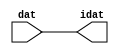

//------> /package/eda/mg/Catapult_10.3d/Mgc_home/pkgs/siflibs/ccs_in_v1.v 
//------------------------------------------------------------------------------
// Catapult Synthesis - Sample I/O Port Library
//
// Copyright (c) 2003-2017 Mentor Graphics Corp.
//       All Rights Reserved
//
// This document may be used and distributed without restriction provided that
// this copyright statement is not removed from the file and that any derivative
// work contains this copyright notice.
//
// The design information contained in this file is intended to be an example
// of the functionality which the end user may study in preparation for creating
// their own custom interfaces. This design does not necessarily present a 
// complete implementation of the named protocol or standard.
//
//------------------------------------------------------------------------------


module ccs_in_v1 (idat, dat);

  parameter integer rscid = 1;
  parameter integer width = 8;

  output [width-1:0] idat;
  input  [width-1:0] dat;

  wire   [width-1:0] idat;

  assign idat = dat;

endmodule


//------> /package/eda/mg/Catapult_10.3d/Mgc_home/pkgs/siflibs/ccs_out_v1.v 
//------------------------------------------------------------------------------
// Catapult Synthesis - Sample I/O Port Library
//
// Copyright (c) 2003-2015 Mentor Graphics Corp.
//       All Rights Reserved
//
// This document may be used and distributed without restriction provided that
// this copyright statement is not removed from the file and that any derivative
// work contains this copyright notice.
//
// The design information contained in this file is intended to be an example
// of the functionality which the end user may study in preparation for creating
// their own custom interfaces. This design does not necessarily present a 
// complete implementation of the named protocol or standard.
//
//------------------------------------------------------------------------------

module ccs_out_v1 (dat, idat);

  parameter integer rscid = 1;
  parameter integer width = 8;

  output   [width-1:0] dat;
  input    [width-1:0] idat;

  wire     [width-1:0] dat;

  assign dat = idat;

endmodule




//------> /package/eda/mg/Catapult_10.3d/Mgc_home/pkgs/siflibs/mgc_io_sync_v2.v 
//------------------------------------------------------------------------------
// Catapult Synthesis - Sample I/O Port Library
//
// Copyright (c) 2003-2017 Mentor Graphics Corp.
//       All Rights Reserved
//
// This document may be used and distributed without restriction provided that
// this copyright statement is not removed from the file and that any derivative
// work contains this copyright notice.
//
// The design information contained in this file is intended to be an example
// of the functionality which the end user may study in preparation for creating
// their own custom interfaces. This design does not necessarily present a 
// complete implementation of the named protocol or standard.
//
//------------------------------------------------------------------------------


module mgc_io_sync_v2 (ld, lz);
    parameter valid = 0;

    input  ld;
    output lz;

    wire   lz;

    assign lz = ld;

endmodule


//------> ./rtl.v 
// ----------------------------------------------------------------------
//  HLS HDL:        Verilog Netlister
//  HLS Version:    10.3d/815731 Production Release
//  HLS Date:       Wed Apr 24 14:54:19 PDT 2019
// 
//  Generated by:   695r48@cparch23.ecn.purdue.edu
//  Generated date: Tue Nov  9 15:38:05 2021
// ----------------------------------------------------------------------

// 
// ------------------------------------------------------------------
//  Design Unit:    fir_Altera_DIST_DIST_1R1W_RBW_rport_1_16_5_32_32_16_gen
// ------------------------------------------------------------------


module fir_Altera_DIST_DIST_1R1W_RBW_rport_1_16_5_32_32_16_gen (
  q, radr, radr_d, q_d, rport_r_ram_ir_internal_RMASK_B_d
);
  input [15:0] q;
  output [4:0] radr;
  input [4:0] radr_d;
  output [15:0] q_d;
  input rport_r_ram_ir_internal_RMASK_B_d;



  // Interconnect Declarations for Component Instantiations 
  assign q_d = q;
  assign radr = (radr_d);
endmodule

// ------------------------------------------------------------------
//  Design Unit:    fir_core_core_fsm
//  FSM Module
// ------------------------------------------------------------------


module fir_core_core_fsm (
  clk, rst, fsm_output, MAC_C_6_tr0
);
  input clk;
  input rst;
  output [8:0] fsm_output;
  reg [8:0] fsm_output;
  input MAC_C_6_tr0;


  // FSM State Type Declaration for fir_core_core_fsm_1
  parameter
    main_C_0 = 4'd0,
    MAC_C_0 = 4'd1,
    MAC_C_1 = 4'd2,
    MAC_C_2 = 4'd3,
    MAC_C_3 = 4'd4,
    MAC_C_4 = 4'd5,
    MAC_C_5 = 4'd6,
    MAC_C_6 = 4'd7,
    main_C_1 = 4'd8;

  reg [3:0] state_var;
  reg [3:0] state_var_NS;


  // Interconnect Declarations for Component Instantiations 
  always @(*)
  begin : fir_core_core_fsm_1
    case (state_var)
      MAC_C_0 : begin
        fsm_output = 9'b000000010;
        state_var_NS = MAC_C_1;
      end
      MAC_C_1 : begin
        fsm_output = 9'b000000100;
        state_var_NS = MAC_C_2;
      end
      MAC_C_2 : begin
        fsm_output = 9'b000001000;
        state_var_NS = MAC_C_3;
      end
      MAC_C_3 : begin
        fsm_output = 9'b000010000;
        state_var_NS = MAC_C_4;
      end
      MAC_C_4 : begin
        fsm_output = 9'b000100000;
        state_var_NS = MAC_C_5;
      end
      MAC_C_5 : begin
        fsm_output = 9'b001000000;
        state_var_NS = MAC_C_6;
      end
      MAC_C_6 : begin
        fsm_output = 9'b010000000;
        if ( MAC_C_6_tr0 ) begin
          state_var_NS = main_C_1;
        end
        else begin
          state_var_NS = MAC_C_0;
        end
      end
      main_C_1 : begin
        fsm_output = 9'b100000000;
        state_var_NS = main_C_0;
      end
      // main_C_0
      default : begin
        fsm_output = 9'b000000001;
        state_var_NS = MAC_C_0;
      end
    endcase
  end

  always @(posedge clk) begin
    if ( rst ) begin
      state_var <= main_C_0;
    end
    else begin
      state_var <= state_var_NS;
    end
  end

endmodule

// ------------------------------------------------------------------
//  Design Unit:    fir_core
// ------------------------------------------------------------------


module fir_core (
  clk, rst, coeffs_rsc_triosy_lz, in1_rsc_dat, in1_rsc_triosy_lz, out1_rsc_dat, out1_rsc_triosy_lz,
      coeffs_rsci_radr_d, coeffs_rsci_q_d, coeffs_rsci_rport_r_ram_ir_internal_RMASK_B_d
);
  input clk;
  input rst;
  output coeffs_rsc_triosy_lz;
  input [15:0] in1_rsc_dat;
  output in1_rsc_triosy_lz;
  output [15:0] out1_rsc_dat;
  output out1_rsc_triosy_lz;
  output [4:0] coeffs_rsci_radr_d;
  input [15:0] coeffs_rsci_q_d;
  output coeffs_rsci_rport_r_ram_ir_internal_RMASK_B_d;


  // Interconnect Declarations
  wire [15:0] in1_rsci_idat;
  reg [15:0] out1_rsci_idat;
  wire [8:0] fsm_output;
  wire and_dcpl_1;
  wire or_tmp_65;
  reg [3:0] MAC_i_5_2_sva_1;
  wire [4:0] nl_MAC_i_5_2_sva_1;
  reg reg_out1_rsc_triosy_obj_ld_cse;
  wire reg_out1_out1_and_cse;
  reg [2:0] MAC_i_5_2_sva_2_0;
  reg [2:0] MAC_slc_MAC_i_5_2_2_0_1_itm;
  wire [29:0] z_out;
  wire signed [31:0] nl_z_out;
  reg [15:0] regs_15_sva;
  reg [15:0] regs_16_sva;
  reg [15:0] regs_14_sva;
  reg [15:0] regs_17_sva;
  reg [15:0] regs_13_sva;
  reg [15:0] regs_18_sva;
  reg [15:0] regs_12_sva;
  reg [15:0] regs_19_sva;
  reg [15:0] regs_11_sva;
  reg [15:0] regs_20_sva;
  reg [15:0] regs_10_sva;
  reg [15:0] regs_21_sva;
  reg [15:0] regs_9_sva;
  reg [15:0] regs_22_sva;
  reg [15:0] regs_8_sva;
  reg [15:0] regs_23_sva;
  reg [15:0] regs_7_sva;
  reg [15:0] regs_24_sva;
  reg [15:0] regs_6_sva;
  reg [15:0] regs_25_sva;
  reg [15:0] regs_5_sva;
  reg [15:0] regs_26_sva;
  reg [15:0] regs_4_sva;
  reg [15:0] regs_27_sva;
  reg [15:0] regs_3_sva;
  reg [15:0] regs_28_sva;
  reg [15:0] regs_2_sva;
  reg [15:0] regs_29_sva;
  reg [15:0] regs_1_sva;
  reg [15:0] regs_30_sva;
  reg [15:0] regs_0_sva;
  reg [29:0] acc_32_3_1_sva;
  reg [15:0] regs_30_sva_1;
  reg [15:0] regs_29_sva_1;
  reg [15:0] regs_28_sva_1;
  reg [15:0] regs_27_sva_1;
  reg [15:0] regs_26_sva_1;
  reg [15:0] regs_25_sva_1;
  reg [15:0] regs_24_sva_1;
  reg [15:0] regs_23_sva_1;
  reg [15:0] regs_22_sva_1;
  reg [15:0] regs_21_sva_1;
  reg [15:0] regs_20_sva_1;
  reg [15:0] regs_19_sva_1;
  reg [15:0] regs_18_sva_1;
  reg [15:0] regs_17_sva_1;
  reg [15:0] regs_16_sva_1;
  reg [15:0] regs_15_sva_1;
  reg [15:0] regs_14_sva_1;
  reg [15:0] regs_13_sva_1;
  reg [15:0] regs_12_sva_1;
  reg [15:0] regs_11_sva_1;
  reg [15:0] regs_10_sva_1;
  reg [15:0] regs_9_sva_1;
  reg [15:0] regs_8_sva_1;
  reg [15:0] regs_7_sva_1;
  reg [15:0] regs_6_sva_1;
  reg [15:0] regs_5_sva_1;
  reg [15:0] regs_4_sva_1;
  reg [15:0] regs_3_sva_1;
  reg [15:0] regs_2_sva_1;
  reg [15:0] regs_1_sva_1;
  reg [15:0] regs_0_sva_1;
  reg [15:0] MAC_3_MAC_mux_itm;
  reg [15:0] MAC_4_MAC_mux_itm;
  reg [15:0] MAC_1_MAC_mux_itm;
  reg [29:0] MAC_1_mul_itm;
  reg [15:0] MAC_2_MAC_mux_itm;
  reg [29:0] MAC_2_mul_itm;
  reg [29:0] MAC_acc_4_itm;
  wire [29:0] MAC_acc_4_itm_mx0w0;
  wire [30:0] nl_MAC_acc_4_itm_mx0w0;

  wire[29:0] MAC_4_acc_1_nl;
  wire[30:0] nl_MAC_4_acc_1_nl;
  wire[29:0] MAC_acc_5_nl;
  wire[30:0] nl_MAC_acc_5_nl;
  wire[0:0] not_23_nl;
  wire[0:0] not_22_nl;
  wire[2:0] coeffs_coeffs_mux_nl;
  wire[0:0] coeffs_or_nl;
  wire[1:0] coeffs_coeffs_or_nl;
  wire[1:0] coeffs_nor_nl;
  wire[1:0] coeffs_mux_nl;
  wire[15:0] MAC_mux1h_2_nl;

  // Interconnect Declarations for Component Instantiations 
  wire [0:0] nl_fir_core_core_fsm_inst_MAC_C_6_tr0;
  assign nl_fir_core_core_fsm_inst_MAC_C_6_tr0 = MAC_i_5_2_sva_1[3];
  ccs_in_v1 #(.rscid(32'sd2),
  .width(32'sd16)) in1_rsci (
      .dat(in1_rsc_dat),
      .idat(in1_rsci_idat)
    );
  ccs_out_v1 #(.rscid(32'sd3),
  .width(32'sd16)) out1_rsci (
      .idat(out1_rsci_idat),
      .dat(out1_rsc_dat)
    );
  mgc_io_sync_v2 #(.valid(32'sd0)) coeffs_rsc_triosy_obj (
      .ld(reg_out1_rsc_triosy_obj_ld_cse),
      .lz(coeffs_rsc_triosy_lz)
    );
  mgc_io_sync_v2 #(.valid(32'sd0)) in1_rsc_triosy_obj (
      .ld(reg_out1_rsc_triosy_obj_ld_cse),
      .lz(in1_rsc_triosy_lz)
    );
  mgc_io_sync_v2 #(.valid(32'sd0)) out1_rsc_triosy_obj (
      .ld(reg_out1_rsc_triosy_obj_ld_cse),
      .lz(out1_rsc_triosy_lz)
    );
  fir_core_core_fsm fir_core_core_fsm_inst (
      .clk(clk),
      .rst(rst),
      .fsm_output(fsm_output),
      .MAC_C_6_tr0(nl_fir_core_core_fsm_inst_MAC_C_6_tr0[0:0])
    );
  assign reg_out1_out1_and_cse = (MAC_i_5_2_sva_1[3]) & (fsm_output[7]);
  assign nl_MAC_acc_4_itm_mx0w0 = MAC_1_mul_itm + MAC_2_mul_itm;
  assign MAC_acc_4_itm_mx0w0 = nl_MAC_acc_4_itm_mx0w0[29:0];
  assign and_dcpl_1 = ~((fsm_output[8]) | (fsm_output[0]));
  assign or_tmp_65 = (fsm_output[8]) | (fsm_output[0]);
  assign coeffs_or_nl = (fsm_output[4:3]!=2'b00);
  assign coeffs_coeffs_mux_nl = MUX_v_3_2_2(MAC_i_5_2_sva_2_0, MAC_slc_MAC_i_5_2_2_0_1_itm,
      coeffs_or_nl);
  assign coeffs_mux_nl = MUX_v_2_2_2(2'b10, 2'b01, fsm_output[4]);
  assign coeffs_nor_nl = ~(MUX_v_2_2_2((coeffs_mux_nl), 2'b11, (fsm_output[2])));
  assign coeffs_coeffs_or_nl = MUX_v_2_2_2((coeffs_nor_nl), 2'b11, (fsm_output[3]));
  assign coeffs_rsci_radr_d = {(coeffs_coeffs_mux_nl) , (coeffs_coeffs_or_nl)};
  assign coeffs_rsci_rport_r_ram_ir_internal_RMASK_B_d = (fsm_output[4:1]!=4'b0000);
  always @(posedge clk) begin
    if ( rst ) begin
      out1_rsci_idat <= 16'b0000000000000000;
      regs_0_sva <= 16'b0000000000000000;
      regs_4_sva <= 16'b0000000000000000;
      regs_8_sva <= 16'b0000000000000000;
      regs_12_sva <= 16'b0000000000000000;
      regs_16_sva <= 16'b0000000000000000;
      regs_20_sva <= 16'b0000000000000000;
      regs_24_sva <= 16'b0000000000000000;
      regs_28_sva <= 16'b0000000000000000;
      regs_3_sva <= 16'b0000000000000000;
      regs_7_sva <= 16'b0000000000000000;
      regs_11_sva <= 16'b0000000000000000;
      regs_15_sva <= 16'b0000000000000000;
      regs_19_sva <= 16'b0000000000000000;
      regs_23_sva <= 16'b0000000000000000;
      regs_27_sva <= 16'b0000000000000000;
      regs_2_sva <= 16'b0000000000000000;
      regs_6_sva <= 16'b0000000000000000;
      regs_10_sva <= 16'b0000000000000000;
      regs_14_sva <= 16'b0000000000000000;
      regs_18_sva <= 16'b0000000000000000;
      regs_22_sva <= 16'b0000000000000000;
      regs_26_sva <= 16'b0000000000000000;
      regs_30_sva <= 16'b0000000000000000;
      regs_1_sva <= 16'b0000000000000000;
      regs_5_sva <= 16'b0000000000000000;
      regs_9_sva <= 16'b0000000000000000;
      regs_13_sva <= 16'b0000000000000000;
      regs_17_sva <= 16'b0000000000000000;
      regs_21_sva <= 16'b0000000000000000;
      regs_25_sva <= 16'b0000000000000000;
      regs_29_sva <= 16'b0000000000000000;
    end
    else if ( reg_out1_out1_and_cse ) begin
      out1_rsci_idat <= acc_32_3_1_sva[29:14];
      regs_0_sva <= regs_0_sva_1;
      regs_4_sva <= regs_4_sva_1;
      regs_8_sva <= regs_8_sva_1;
      regs_12_sva <= regs_12_sva_1;
      regs_16_sva <= regs_16_sva_1;
      regs_20_sva <= regs_20_sva_1;
      regs_24_sva <= regs_24_sva_1;
      regs_28_sva <= regs_28_sva_1;
      regs_3_sva <= regs_3_sva_1;
      regs_7_sva <= regs_7_sva_1;
      regs_11_sva <= regs_11_sva_1;
      regs_15_sva <= regs_15_sva_1;
      regs_19_sva <= regs_19_sva_1;
      regs_23_sva <= regs_23_sva_1;
      regs_27_sva <= regs_27_sva_1;
      regs_2_sva <= regs_2_sva_1;
      regs_6_sva <= regs_6_sva_1;
      regs_10_sva <= regs_10_sva_1;
      regs_14_sva <= regs_14_sva_1;
      regs_18_sva <= regs_18_sva_1;
      regs_22_sva <= regs_22_sva_1;
      regs_26_sva <= regs_26_sva_1;
      regs_30_sva <= regs_30_sva_1;
      regs_1_sva <= regs_1_sva_1;
      regs_5_sva <= regs_5_sva_1;
      regs_9_sva <= regs_9_sva_1;
      regs_13_sva <= regs_13_sva_1;
      regs_17_sva <= regs_17_sva_1;
      regs_21_sva <= regs_21_sva_1;
      regs_25_sva <= regs_25_sva_1;
      regs_29_sva <= regs_29_sva_1;
    end
  end
  always @(posedge clk) begin
    if ( rst ) begin
      acc_32_3_1_sva <= 30'b000000000000000000000000000000;
    end
    else if ( (fsm_output[0]) | (fsm_output[8]) | (fsm_output[6]) ) begin
      acc_32_3_1_sva <= MUX_v_30_2_2(30'b000000000000000000000000000000, (MAC_4_acc_1_nl),
          (not_23_nl));
    end
  end
  always @(posedge clk) begin
    if ( rst ) begin
      MAC_i_5_2_sva_2_0 <= 3'b000;
    end
    else if ( (fsm_output[0]) | (fsm_output[8]) | (fsm_output[2]) ) begin
      MAC_i_5_2_sva_2_0 <= MUX_v_3_2_2(3'b000, (MAC_i_5_2_sva_1[2:0]), (not_22_nl));
    end
  end
  always @(posedge clk) begin
    if ( rst ) begin
      regs_0_sva_1 <= 16'b0000000000000000;
    end
    else if ( ~ and_dcpl_1 ) begin
      regs_0_sva_1 <= in1_rsci_idat;
    end
  end
  always @(posedge clk) begin
    if ( rst ) begin
      reg_out1_rsc_triosy_obj_ld_cse <= 1'b0;
      MAC_2_MAC_mux_itm <= 16'b0000000000000000;
      MAC_1_mul_itm <= 30'b000000000000000000000000000000;
    end
    else begin
      reg_out1_rsc_triosy_obj_ld_cse <= reg_out1_out1_and_cse;
      MAC_2_MAC_mux_itm <= MUX_v_16_8_2(regs_0_sva, regs_4_sva, regs_8_sva, regs_12_sva,
          regs_16_sva, regs_20_sva, regs_24_sva, regs_28_sva, MAC_i_5_2_sva_2_0);
      MAC_1_mul_itm <= z_out;
    end
  end
  always @(posedge clk) begin
    if ( rst ) begin
      regs_30_sva_1 <= 16'b0000000000000000;
    end
    else if ( ~ and_dcpl_1 ) begin
      regs_30_sva_1 <= regs_29_sva;
    end
  end
  always @(posedge clk) begin
    if ( rst ) begin
      regs_29_sva_1 <= 16'b0000000000000000;
    end
    else if ( ~ and_dcpl_1 ) begin
      regs_29_sva_1 <= regs_28_sva;
    end
  end
  always @(posedge clk) begin
    if ( rst ) begin
      regs_28_sva_1 <= 16'b0000000000000000;
    end
    else if ( ~ and_dcpl_1 ) begin
      regs_28_sva_1 <= regs_27_sva;
    end
  end
  always @(posedge clk) begin
    if ( rst ) begin
      regs_27_sva_1 <= 16'b0000000000000000;
    end
    else if ( ~ and_dcpl_1 ) begin
      regs_27_sva_1 <= regs_26_sva;
    end
  end
  always @(posedge clk) begin
    if ( rst ) begin
      regs_26_sva_1 <= 16'b0000000000000000;
    end
    else if ( ~ and_dcpl_1 ) begin
      regs_26_sva_1 <= regs_25_sva;
    end
  end
  always @(posedge clk) begin
    if ( rst ) begin
      regs_25_sva_1 <= 16'b0000000000000000;
    end
    else if ( ~ and_dcpl_1 ) begin
      regs_25_sva_1 <= regs_24_sva;
    end
  end
  always @(posedge clk) begin
    if ( rst ) begin
      regs_24_sva_1 <= 16'b0000000000000000;
    end
    else if ( ~ and_dcpl_1 ) begin
      regs_24_sva_1 <= regs_23_sva;
    end
  end
  always @(posedge clk) begin
    if ( rst ) begin
      regs_23_sva_1 <= 16'b0000000000000000;
    end
    else if ( ~ and_dcpl_1 ) begin
      regs_23_sva_1 <= regs_22_sva;
    end
  end
  always @(posedge clk) begin
    if ( rst ) begin
      regs_22_sva_1 <= 16'b0000000000000000;
    end
    else if ( ~ and_dcpl_1 ) begin
      regs_22_sva_1 <= regs_21_sva;
    end
  end
  always @(posedge clk) begin
    if ( rst ) begin
      regs_21_sva_1 <= 16'b0000000000000000;
    end
    else if ( ~ and_dcpl_1 ) begin
      regs_21_sva_1 <= regs_20_sva;
    end
  end
  always @(posedge clk) begin
    if ( rst ) begin
      regs_20_sva_1 <= 16'b0000000000000000;
    end
    else if ( ~ and_dcpl_1 ) begin
      regs_20_sva_1 <= regs_19_sva;
    end
  end
  always @(posedge clk) begin
    if ( rst ) begin
      regs_19_sva_1 <= 16'b0000000000000000;
    end
    else if ( ~ and_dcpl_1 ) begin
      regs_19_sva_1 <= regs_18_sva;
    end
  end
  always @(posedge clk) begin
    if ( rst ) begin
      regs_18_sva_1 <= 16'b0000000000000000;
    end
    else if ( ~ and_dcpl_1 ) begin
      regs_18_sva_1 <= regs_17_sva;
    end
  end
  always @(posedge clk) begin
    if ( rst ) begin
      regs_17_sva_1 <= 16'b0000000000000000;
    end
    else if ( ~ and_dcpl_1 ) begin
      regs_17_sva_1 <= regs_16_sva;
    end
  end
  always @(posedge clk) begin
    if ( rst ) begin
      regs_16_sva_1 <= 16'b0000000000000000;
    end
    else if ( ~ and_dcpl_1 ) begin
      regs_16_sva_1 <= regs_15_sva;
    end
  end
  always @(posedge clk) begin
    if ( rst ) begin
      regs_15_sva_1 <= 16'b0000000000000000;
    end
    else if ( ~ and_dcpl_1 ) begin
      regs_15_sva_1 <= regs_14_sva;
    end
  end
  always @(posedge clk) begin
    if ( rst ) begin
      regs_14_sva_1 <= 16'b0000000000000000;
    end
    else if ( ~ and_dcpl_1 ) begin
      regs_14_sva_1 <= regs_13_sva;
    end
  end
  always @(posedge clk) begin
    if ( rst ) begin
      regs_13_sva_1 <= 16'b0000000000000000;
    end
    else if ( ~ and_dcpl_1 ) begin
      regs_13_sva_1 <= regs_12_sva;
    end
  end
  always @(posedge clk) begin
    if ( rst ) begin
      regs_12_sva_1 <= 16'b0000000000000000;
    end
    else if ( ~ and_dcpl_1 ) begin
      regs_12_sva_1 <= regs_11_sva;
    end
  end
  always @(posedge clk) begin
    if ( rst ) begin
      regs_11_sva_1 <= 16'b0000000000000000;
    end
    else if ( ~ and_dcpl_1 ) begin
      regs_11_sva_1 <= regs_10_sva;
    end
  end
  always @(posedge clk) begin
    if ( rst ) begin
      regs_10_sva_1 <= 16'b0000000000000000;
    end
    else if ( ~ and_dcpl_1 ) begin
      regs_10_sva_1 <= regs_9_sva;
    end
  end
  always @(posedge clk) begin
    if ( rst ) begin
      regs_9_sva_1 <= 16'b0000000000000000;
    end
    else if ( ~ and_dcpl_1 ) begin
      regs_9_sva_1 <= regs_8_sva;
    end
  end
  always @(posedge clk) begin
    if ( rst ) begin
      regs_8_sva_1 <= 16'b0000000000000000;
    end
    else if ( ~ and_dcpl_1 ) begin
      regs_8_sva_1 <= regs_7_sva;
    end
  end
  always @(posedge clk) begin
    if ( rst ) begin
      regs_7_sva_1 <= 16'b0000000000000000;
    end
    else if ( ~ and_dcpl_1 ) begin
      regs_7_sva_1 <= regs_6_sva;
    end
  end
  always @(posedge clk) begin
    if ( rst ) begin
      regs_6_sva_1 <= 16'b0000000000000000;
    end
    else if ( ~ and_dcpl_1 ) begin
      regs_6_sva_1 <= regs_5_sva;
    end
  end
  always @(posedge clk) begin
    if ( rst ) begin
      regs_5_sva_1 <= 16'b0000000000000000;
    end
    else if ( ~ and_dcpl_1 ) begin
      regs_5_sva_1 <= regs_4_sva;
    end
  end
  always @(posedge clk) begin
    if ( rst ) begin
      regs_4_sva_1 <= 16'b0000000000000000;
    end
    else if ( ~ and_dcpl_1 ) begin
      regs_4_sva_1 <= regs_3_sva;
    end
  end
  always @(posedge clk) begin
    if ( rst ) begin
      regs_3_sva_1 <= 16'b0000000000000000;
    end
    else if ( ~ and_dcpl_1 ) begin
      regs_3_sva_1 <= regs_2_sva;
    end
  end
  always @(posedge clk) begin
    if ( rst ) begin
      regs_2_sva_1 <= 16'b0000000000000000;
    end
    else if ( ~ and_dcpl_1 ) begin
      regs_2_sva_1 <= regs_1_sva;
    end
  end
  always @(posedge clk) begin
    if ( rst ) begin
      regs_1_sva_1 <= 16'b0000000000000000;
    end
    else if ( ~ and_dcpl_1 ) begin
      regs_1_sva_1 <= regs_0_sva;
    end
  end
  always @(posedge clk) begin
    if ( rst ) begin
      MAC_i_5_2_sva_1 <= 4'b0000;
    end
    else if ( fsm_output[1] ) begin
      MAC_i_5_2_sva_1 <= nl_MAC_i_5_2_sva_1[3:0];
    end
  end
  always @(posedge clk) begin
    if ( rst ) begin
      MAC_3_MAC_mux_itm <= 16'b0000000000000000;
    end
    else if ( fsm_output[1] ) begin
      MAC_3_MAC_mux_itm <= MUX_v_16_8_2(regs_1_sva, regs_5_sva, regs_9_sva, regs_13_sva,
          regs_17_sva, regs_21_sva, regs_25_sva, regs_29_sva, MAC_i_5_2_sva_2_0);
    end
  end
  always @(posedge clk) begin
    if ( rst ) begin
      MAC_4_MAC_mux_itm <= 16'b0000000000000000;
    end
    else if ( fsm_output[1] ) begin
      MAC_4_MAC_mux_itm <= MUX_v_16_8_2(regs_2_sva, regs_6_sva, regs_10_sva, regs_14_sva,
          regs_18_sva, regs_22_sva, regs_26_sva, regs_30_sva, MAC_i_5_2_sva_2_0);
    end
  end
  always @(posedge clk) begin
    if ( rst ) begin
      MAC_1_MAC_mux_itm <= 16'b0000000000000000;
    end
    else if ( fsm_output[1] ) begin
      MAC_1_MAC_mux_itm <= MUX_v_16_8_2(regs_0_sva_1, regs_3_sva, regs_7_sva, regs_11_sva,
          regs_15_sva, regs_19_sva, regs_23_sva, regs_27_sva, MAC_i_5_2_sva_2_0);
    end
  end
  always @(posedge clk) begin
    if ( rst ) begin
      MAC_2_mul_itm <= 30'b000000000000000000000000000000;
    end
    else if ( (fsm_output[4]) | (fsm_output[2]) ) begin
      MAC_2_mul_itm <= z_out;
    end
  end
  always @(posedge clk) begin
    if ( rst ) begin
      MAC_slc_MAC_i_5_2_2_0_1_itm <= 3'b000;
    end
    else if ( fsm_output[2] ) begin
      MAC_slc_MAC_i_5_2_2_0_1_itm <= MAC_i_5_2_sva_2_0;
    end
  end
  always @(posedge clk) begin
    if ( rst ) begin
      MAC_acc_4_itm <= 30'b000000000000000000000000000000;
    end
    else if ( fsm_output[4] ) begin
      MAC_acc_4_itm <= MAC_acc_4_itm_mx0w0;
    end
  end
  assign nl_MAC_acc_5_nl = MAC_acc_4_itm_mx0w0 + acc_32_3_1_sva;
  assign MAC_acc_5_nl = nl_MAC_acc_5_nl[29:0];
  assign nl_MAC_4_acc_1_nl = (MAC_acc_5_nl) + MAC_acc_4_itm;
  assign MAC_4_acc_1_nl = nl_MAC_4_acc_1_nl[29:0];
  assign not_23_nl = ~ or_tmp_65;
  assign not_22_nl = ~ or_tmp_65;
  assign nl_MAC_i_5_2_sva_1  = conv_u2u_3_4(MAC_i_5_2_sva_2_0) + 4'b0001;
  assign MAC_mux1h_2_nl = MUX1HOT_v_16_4_2(MAC_2_MAC_mux_itm, MAC_4_MAC_mux_itm,
      MAC_1_MAC_mux_itm, MAC_3_MAC_mux_itm, {(fsm_output[2]) , (fsm_output[4]) ,
      (fsm_output[3]) , (fsm_output[5])});
  assign nl_z_out = $signed((MAC_mux1h_2_nl)) * $signed((coeffs_rsci_q_d));
  assign z_out = nl_z_out[29:0];

  function automatic [15:0] MUX1HOT_v_16_4_2;
    input [15:0] input_3;
    input [15:0] input_2;
    input [15:0] input_1;
    input [15:0] input_0;
    input [3:0] sel;
    reg [15:0] result;
  begin
    result = input_0 & {16{sel[0]}};
    result = result | ( input_1 & {16{sel[1]}});
    result = result | ( input_2 & {16{sel[2]}});
    result = result | ( input_3 & {16{sel[3]}});
    MUX1HOT_v_16_4_2 = result;
  end
  endfunction


  function automatic [15:0] MUX_v_16_8_2;
    input [15:0] input_0;
    input [15:0] input_1;
    input [15:0] input_2;
    input [15:0] input_3;
    input [15:0] input_4;
    input [15:0] input_5;
    input [15:0] input_6;
    input [15:0] input_7;
    input [2:0] sel;
    reg [15:0] result;
  begin
    case (sel)
      3'b000 : begin
        result = input_0;
      end
      3'b001 : begin
        result = input_1;
      end
      3'b010 : begin
        result = input_2;
      end
      3'b011 : begin
        result = input_3;
      end
      3'b100 : begin
        result = input_4;
      end
      3'b101 : begin
        result = input_5;
      end
      3'b110 : begin
        result = input_6;
      end
      default : begin
        result = input_7;
      end
    endcase
    MUX_v_16_8_2 = result;
  end
  endfunction


  function automatic [1:0] MUX_v_2_2_2;
    input [1:0] input_0;
    input [1:0] input_1;
    input [0:0] sel;
    reg [1:0] result;
  begin
    case (sel)
      1'b0 : begin
        result = input_0;
      end
      default : begin
        result = input_1;
      end
    endcase
    MUX_v_2_2_2 = result;
  end
  endfunction


  function automatic [29:0] MUX_v_30_2_2;
    input [29:0] input_0;
    input [29:0] input_1;
    input [0:0] sel;
    reg [29:0] result;
  begin
    case (sel)
      1'b0 : begin
        result = input_0;
      end
      default : begin
        result = input_1;
      end
    endcase
    MUX_v_30_2_2 = result;
  end
  endfunction


  function automatic [2:0] MUX_v_3_2_2;
    input [2:0] input_0;
    input [2:0] input_1;
    input [0:0] sel;
    reg [2:0] result;
  begin
    case (sel)
      1'b0 : begin
        result = input_0;
      end
      default : begin
        result = input_1;
      end
    endcase
    MUX_v_3_2_2 = result;
  end
  endfunction


  function automatic [3:0] conv_u2u_3_4 ;
    input [2:0]  vector ;
  begin
    conv_u2u_3_4 = {1'b0, vector};
  end
  endfunction

endmodule

// ------------------------------------------------------------------
//  Design Unit:    fir
// ------------------------------------------------------------------


module fir (
  clk, rst, coeffs_rsc_radr, coeffs_rsc_q, coeffs_rsc_triosy_lz, in1_rsc_dat, in1_rsc_triosy_lz,
      out1_rsc_dat, out1_rsc_triosy_lz
);
  input clk;
  input rst;
  output [4:0] coeffs_rsc_radr;
  input [15:0] coeffs_rsc_q;
  output coeffs_rsc_triosy_lz;
  input [15:0] in1_rsc_dat;
  output in1_rsc_triosy_lz;
  output [15:0] out1_rsc_dat;
  output out1_rsc_triosy_lz;


  // Interconnect Declarations
  wire [4:0] coeffs_rsci_radr_d;
  wire [15:0] coeffs_rsci_q_d;
  wire coeffs_rsci_rport_r_ram_ir_internal_RMASK_B_d;


  // Interconnect Declarations for Component Instantiations 
  fir_Altera_DIST_DIST_1R1W_RBW_rport_1_16_5_32_32_16_gen coeffs_rsci (
      .q(coeffs_rsc_q),
      .radr(coeffs_rsc_radr),
      .radr_d(coeffs_rsci_radr_d),
      .q_d(coeffs_rsci_q_d),
      .rport_r_ram_ir_internal_RMASK_B_d(coeffs_rsci_rport_r_ram_ir_internal_RMASK_B_d)
    );
  fir_core fir_core_inst (
      .clk(clk),
      .rst(rst),
      .coeffs_rsc_triosy_lz(coeffs_rsc_triosy_lz),
      .in1_rsc_dat(in1_rsc_dat),
      .in1_rsc_triosy_lz(in1_rsc_triosy_lz),
      .out1_rsc_dat(out1_rsc_dat),
      .out1_rsc_triosy_lz(out1_rsc_triosy_lz),
      .coeffs_rsci_radr_d(coeffs_rsci_radr_d),
      .coeffs_rsci_q_d(coeffs_rsci_q_d),
      .coeffs_rsci_rport_r_ram_ir_internal_RMASK_B_d(coeffs_rsci_rport_r_ram_ir_internal_RMASK_B_d)
    );
endmodule